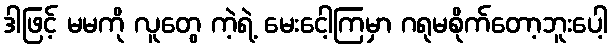
ဒါဖြင့် မမကို လူတွေ ကဲ့ရဲ့ မေးငေါ့ကြမှာ ဂရုမစိုက်တော့ဘူးပေါ့